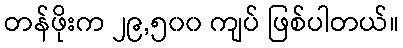
တန်ဖိုးက ၂၉,၅၀၀ ကျပ် ဖြစ်ပါတယ်။